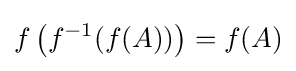
f\left(f^{-1}(f(A))\right)=f(A)